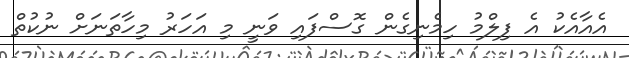
އެއާއެކު އެ ފިލްމު ހިމެނިގެން ގޮސްފައި ވަނީ މި އަހަރު މިހާތަނަށް ނުކުތް